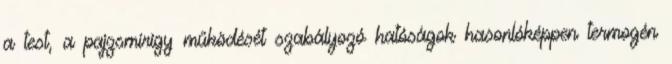
a test, a pajzsmirigy működését szabályozó hatóságok hasonlóképpen termogén